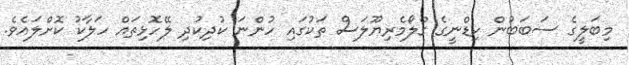
މިބަލީގެ ސަބަބުން ކިޑްނީގެ ގްލޯމެރިޔޫލަސް ތަކުގައި ހުންނަ ކުދިކުދި ލޭހޮޅިތައް ހަލާކު ކޮށްލައެވެ.